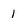
Character: 1